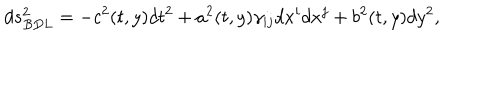
d s _ { B D L } ^ { 2 } = - c ^ { 2 } ( t , y ) d t ^ { 2 } + a ^ { 2 } ( t , y ) \gamma _ { i j } d x ^ { i } d x ^ { j } + b ^ { 2 } ( t , y ) d y ^ { 2 } ,